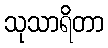
သုသာရိတာ